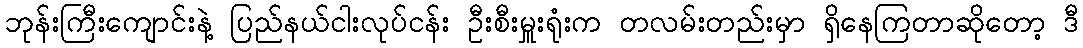
ဘုန်းကြီးကျောင်းနဲ့ ပြည်နယ်ငါးလုပ်ငန်း ဦးစီးမှူးရုံးက တလမ်းတည်းမှာ ရှိနေကြတာဆိုတော့ ဒီ